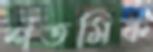
শতমিক